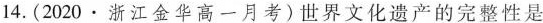
14.(2020.浙江金华高一月考)世界文化遗产的完整性是